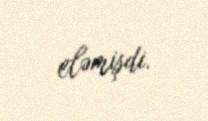
eləmişdi.